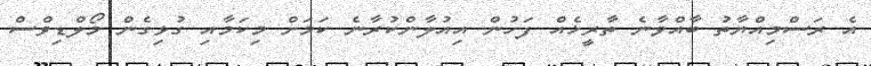
އެ ރަސްމިއްޔާތު ބާއްވާނެ ތާރީޚެއް ފަހުން އިއުލާންކުރާނެ ކަމަށް މިކަމާއި ގުޅިގެން މޯލްޑިވްސް